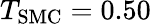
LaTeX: T_{\mathrm{SMC}}=0.50